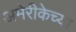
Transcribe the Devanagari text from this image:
अमेरीकेच्या